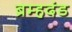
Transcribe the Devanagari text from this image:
ब्रम्हदंड